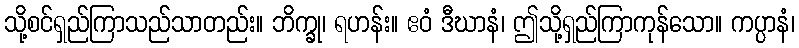
သို့စင်ရှည်ကြာသည်သာတည်း။ ဘိက္ခု၊ ရဟန်း။ ဧဝံ ဒီဃာနံ၊ ဤသို့ရှည်ကြာကုန်သော။ ကပ္ပာနံ၊